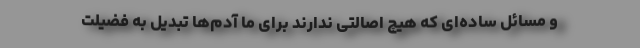
و مسائل ساده‌ای که هیچ اصالتی ندارند برای ما آدم‌ها تبدیل به فضیلت